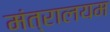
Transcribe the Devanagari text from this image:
मंत्रालयम